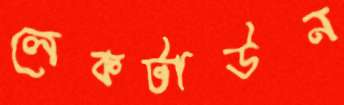
লেকটাউন